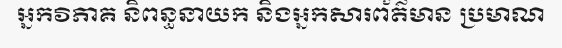
អ្នកវិភាគ និពន្ធនាយក និងអ្នកសារព័ត៌មាន ប្រមាណ